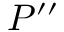
P ^ { \prime \prime }